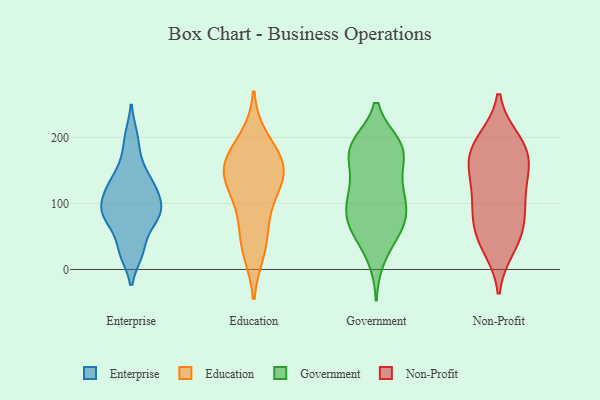
{"axis": {"x": "Inventory Turnover", "y": "Value"}, "legend": ["Education", "Enterprise", "Government", "Non-Profit"], "data": [{"x": "", "y": 125, "type": "Enterprise"}, {"x": "", "y": 95, "type": "Enterprise"}, {"x": "", "y": 80, "type": "Enterprise"}, {"x": "", "y": 200, "type": "Enterprise"}, {"x": "", "y": 76, "type": "Enterprise"}, {"x": "", "y": 77, "type": "Enterprise"}, {"x": "", "y": 131, "type": "Enterprise"}, {"x": "", "y": 29, "type": "Enterprise"}, {"x": "", "y": 160, "type": "Enterprise"}, {"x": "", "y": 26, "type": "Enterprise"}, {"x": "", "y": 96, "type": "Enterprise"}, {"x": "", "y": 119, "type": "Enterprise"}, {"x": "", "y": 196, "type": "Education"}, {"x": "", "y": 84, "type": "Education"}, {"x": "", "y": 163, "type": "Education"}, {"x": "", "y": 43, "type": "Education"}, {"x": "", "y": 141, "type": "Education"}, {"x": "", "y": 151, "type": "Education"}, {"x": "", "y": 114, "type": "Education"}, {"x": "", "y": 29, "type": "Education"}, {"x": "", "y": 146, "type": "Education"}, {"x": "", "y": 163, "type": "Education"}, {"x": "", "y": 181, "type": "Government"}, {"x": "", "y": 46, "type": "Government"}, {"x": "", "y": 183, "type": "Government"}, {"x": "", "y": 59, "type": "Government"}, {"x": "", "y": 179, "type": "Government"}, {"x": "", "y": 108, "type": "Government"}, {"x": "", "y": 107, "type": "Government"}, {"x": "", "y": 68, "type": "Government"}, {"x": "", "y": 75, "type": "Government"}, {"x": "", "y": 181, "type": "Government"}, {"x": "", "y": 133, "type": "Government"}, {"x": "", "y": 75, "type": "Government"}, {"x": "", "y": 17, "type": "Government"}, {"x": "", "y": 77, "type": "Government"}, {"x": "", "y": 123, "type": "Government"}, {"x": "", "y": 177, "type": "Government"}, {"x": "", "y": 92, "type": "Government"}, {"x": "", "y": 130, "type": "Government"}, {"x": "", "y": 188, "type": "Government"}, {"x": "", "y": 188, "type": "Government"}, {"x": "", "y": 197, "type": "Non-Profit"}, {"x": "", "y": 121, "type": "Non-Profit"}, {"x": "", "y": 147, "type": "Non-Profit"}, {"x": "", "y": 172, "type": "Non-Profit"}, {"x": "", "y": 96, "type": "Non-Profit"}, {"x": "", "y": 148, "type": "Non-Profit"}, {"x": "", "y": 36, "type": "Non-Profit"}, {"x": "", "y": 169, "type": "Non-Profit"}, {"x": "", "y": 163, "type": "Non-Profit"}, {"x": "", "y": 70, "type": "Non-Profit"}, {"x": "", "y": 51, "type": "Non-Profit"}, {"x": "", "y": 32, "type": "Non-Profit"}, {"x": "", "y": 114, "type": "Non-Profit"}, {"x": "", "y": 89, "type": "Non-Profit"}, {"x": "", "y": 190, "type": "Non-Profit"}, {"x": "", "y": 68, "type": "Non-Profit"}, {"x": "", "y": 197, "type": "Non-Profit"}]}